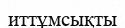
иттұмсықты